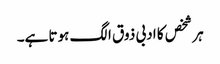
ہر شخص کا ادبی ذوق الگ ہوتا ہے۔